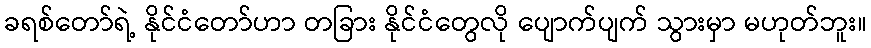
ခရစ်တော်ရဲ့ နိုင်ငံတော်ဟာ တခြား နိုင်ငံတွေလို ပျောက်ပျက် သွားမှာ မဟုတ်ဘူး။